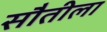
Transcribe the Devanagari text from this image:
सौतीला